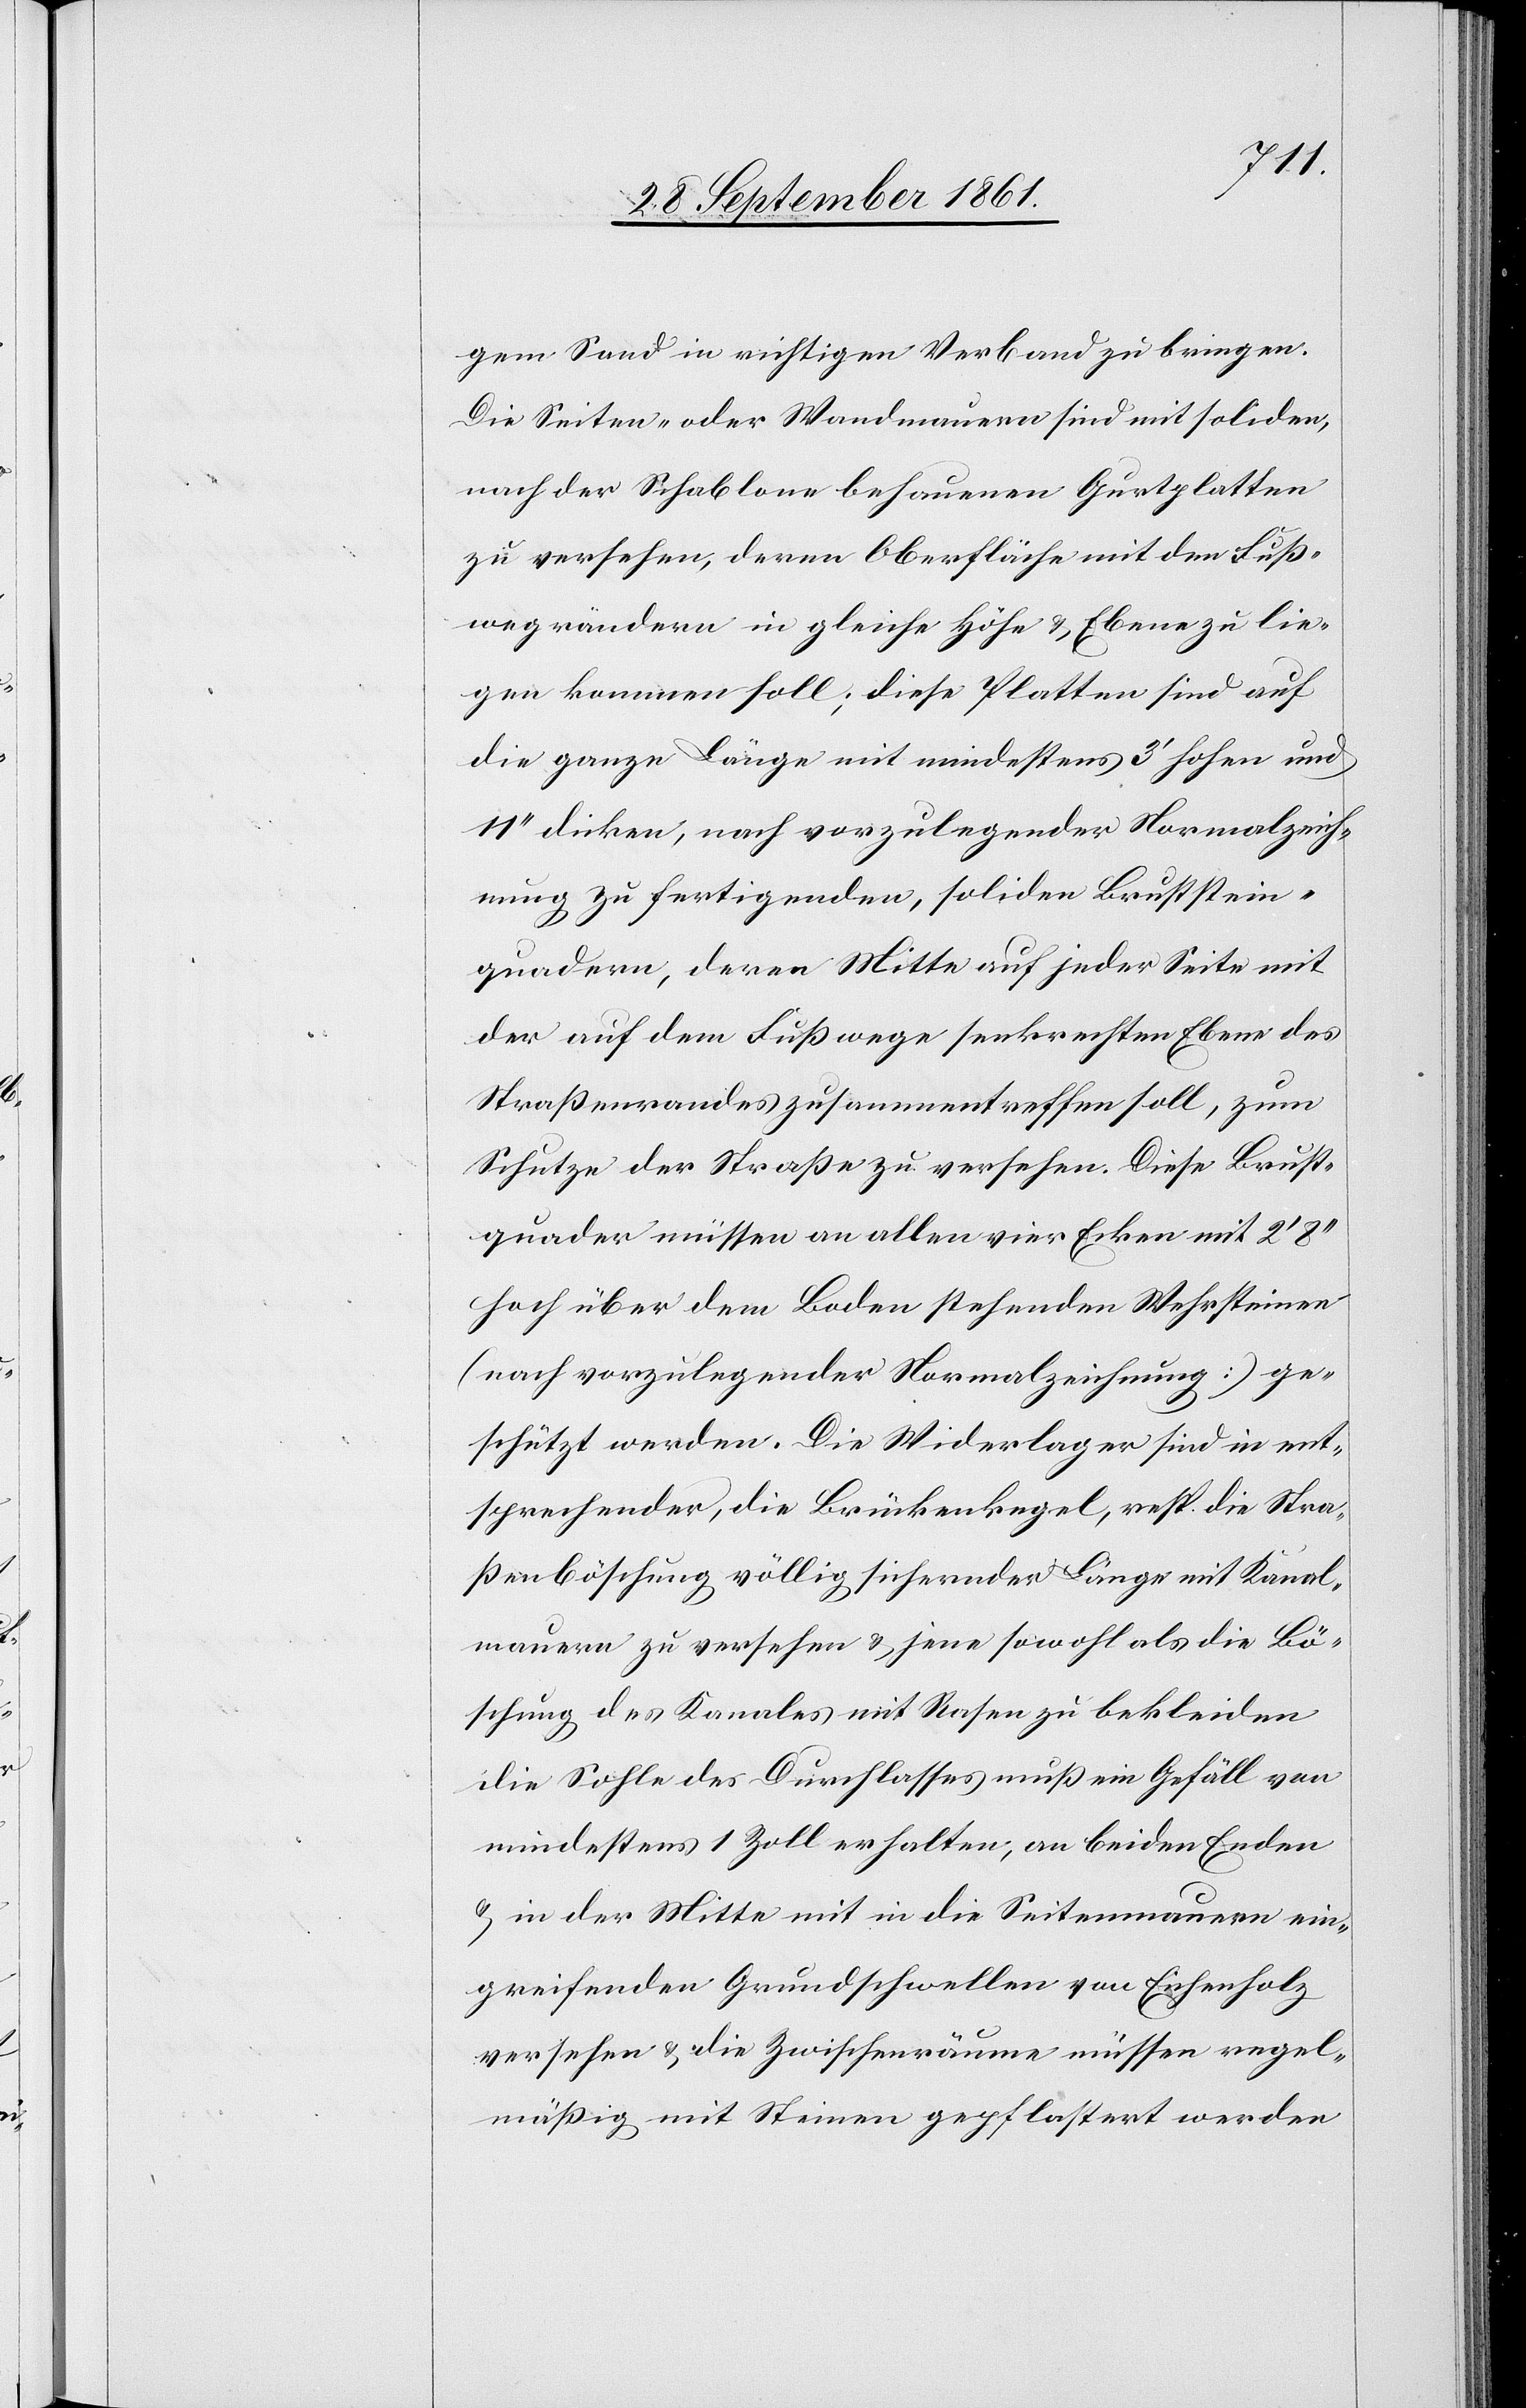
gem Sand in richtigen Verband zu bringen.
Die Seiten- oder Wandmauern sind mit soliden,
nach der Schablone behauenen Quartplatten
zu versehen, deren Oberfläche mit den Fuß¬
wegrändern in gleiche Höhe u. Ebene zu lie¬
gen kommen soll; diese Platten sind auf
die ganze Länge mit mindestens 3’ hohen und
11“ dicken, nach vorzulegender Normalzeich¬
nung zu fertigenden, soliden Bruststein¬
quadern deren Mitte auf jeder Seite mit
der auf dem Fußwege senkrechten Ebene des
Straßenrandes zusammentreffen soll, zum
Schutze der Straße zu versehen. Diese Bruststei¬
nquader müssen an allen vier Ecken mit 2’
hoch über dem Boden stehenden Wehrsteinen
(nach vorzulegender Normalzeichnung) ge¬
schützt werden. Die Widerlager sind in ent¬
sprechender, die Brückenkegel, resp. die Stra¬
ßenböschung völlig sichernder Länge mit Kanal¬
mauern zu versehen u. jene sowohl als die Bö¬
schung des Kanales mit Rasen zu bekleiden
die Sohle des Durchlasses muß ein Gefäll von
mindestens 1 Zoll erhalten, an beiden Enden
u. in der Mitte mit in die Seitenmauern ein¬
greifenden Grundschwellen von Eichenholz
versehen u. die Zwischenräume müssen regel¬
mäßig mit Steinen gepflastert werden